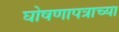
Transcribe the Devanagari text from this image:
घोषणापत्राच्या